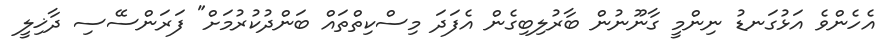
އެހެންވެ އަޅުގަނޑު ނިންމީ ގާނޫނުން ބާރުލިބިގެން އެފަދަ މިސްކިތްތައް ބަންދުކުރުމަށް" ފަރަންސޭސި ދާޚިލީ